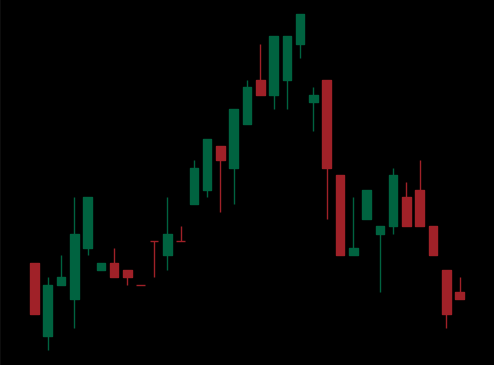
Pattern: head_shoulders